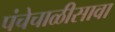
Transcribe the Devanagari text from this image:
पंचेचाळीसावा